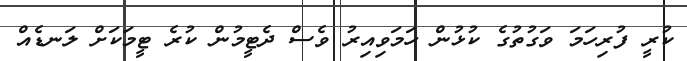
ކުރީ ފުރިހަމަ ވަގުތުގެ ކުޅުން ހަމަވިއިރު ވެސް ދެޓީމުން ކުރެ ޓީމަކަށް ލަނޑެއް